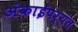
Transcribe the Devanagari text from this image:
अंकाईपर्यंत